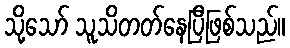
သို့သော် သူသိတတ်နေပြီဖြစ်သည်။